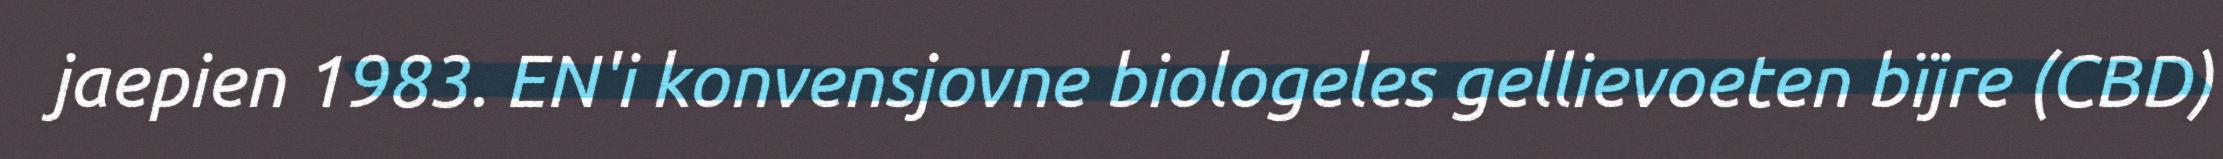
jaepien 1983. EN'i konvensjovne biologeles gellievoeten bïjre (CBD)